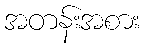
အတန်းအစား